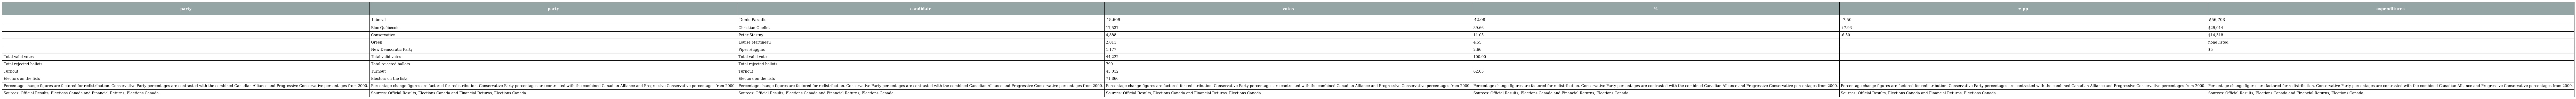
| party | party | candidate | votes | % | ± pp | expenditures |
 | --- | --- | --- | --- | --- | --- | --- |
 |  | Liberal | Denis Paradis | 18,609 | 42.08 | -7.50 | $56,708 |
 |  | Bloc Québécois | Christian Ouellet | 17,537 | 39.66 | +7.93 | $29,014 |
 |  | Conservative | Peter Stastny | 4,888 | 11.05 | -6.50 | $14,318 |
 |  | Green | Louise Martineau | 2,011 | 4.55 |  | none listed |
 |  | New Democratic Party | Piper Huggins | 1,177 | 2.66 |  | $5 |
 | Total valid votes | Total valid votes | Total valid votes | 44,222 | 100.00 |  |  |
 | Total rejected ballots | Total rejected ballots | Total rejected ballots | 790 |  |  |  |
 | Turnout | Turnout | Turnout | 45,012 | 62.63 |  |  |
 | Electors on the lists | Electors on the lists | Electors on the lists | 71,866 |  |  |  |
 | Percentage change figures are factored for redistribution. Conservative Party percentages are contrasted with the combined Canadian Alliance and Progressive Conservative percentages from 2000. | Percentage change figures are factored for redistribution. Conservative Party percentages are contrasted with the combined Canadian Alliance and Progressive Conservative percentages from 2000. | Percentage change figures are factored for redistribution. Conservative Party percentages are contrasted with the combined Canadian Alliance and Progressive Conservative percentages from 2000. | Percentage change figures are factored for redistribution. Conservative Party percentages are contrasted with the combined Canadian Alliance and Progressive Conservative percentages from 2000. | Percentage change figures are factored for redistribution. Conservative Party percentages are contrasted with the combined Canadian Alliance and Progressive Conservative percentages from 2000. | Percentage change figures are factored for redistribution. Conservative Party percentages are contrasted with the combined Canadian Alliance and Progressive Conservative percentages from 2000. | Percentage change figures are factored for redistribution. Conservative Party percentages are contrasted with the combined Canadian Alliance and Progressive Conservative percentages from 2000. |
 | Sources: Official Results, Elections Canada and Financial Returns, Elections Canada. | Sources: Official Results, Elections Canada and Financial Returns, Elections Canada. | Sources: Official Results, Elections Canada and Financial Returns, Elections Canada. | Sources: Official Results, Elections Canada and Financial Returns, Elections Canada. | Sources: Official Results, Elections Canada and Financial Returns, Elections Canada. | Sources: Official Results, Elections Canada and Financial Returns, Elections Canada. | Sources: Official Results, Elections Canada and Financial Returns, Elections Canada. |